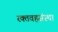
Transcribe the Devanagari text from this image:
रक्तवहसंस्था